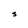
Character: s